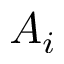
A _ { i }